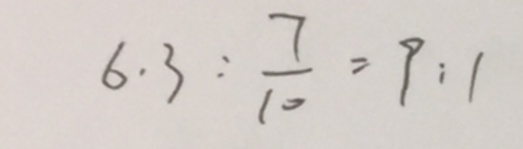
6 . 3 : \frac { 7 } { 1 0 } = 9 : 1